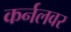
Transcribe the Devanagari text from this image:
कर्नलवर